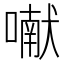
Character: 𰈯